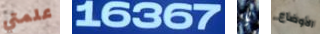
علمتي 16367 يا الأوضاع